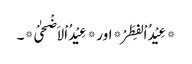
*عِیْدُ اْلفِطَرْ* اور *عِیْدُ اْلاَضْحٰیْ*۔